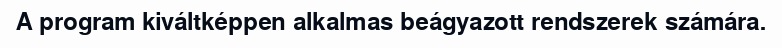
A program kiváltképpen alkalmas beágyazott rendszerek számára.